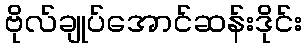
ဗိုလ်ချုပ်အောင်ဆန်းဒိုင်း